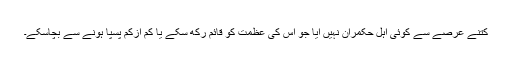
کتنے عرصے سے کوئی اہل حکمران نہیں آیا جو اس کی عظمت کو قائم رکھ سکے یا کم ازکم پسپا ہونے سے بچاسکے۔